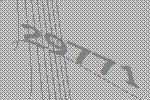
29771